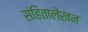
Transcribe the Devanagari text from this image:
संहितालेखन